Annual administration and progress report of the Indian Medical Department, Bombay
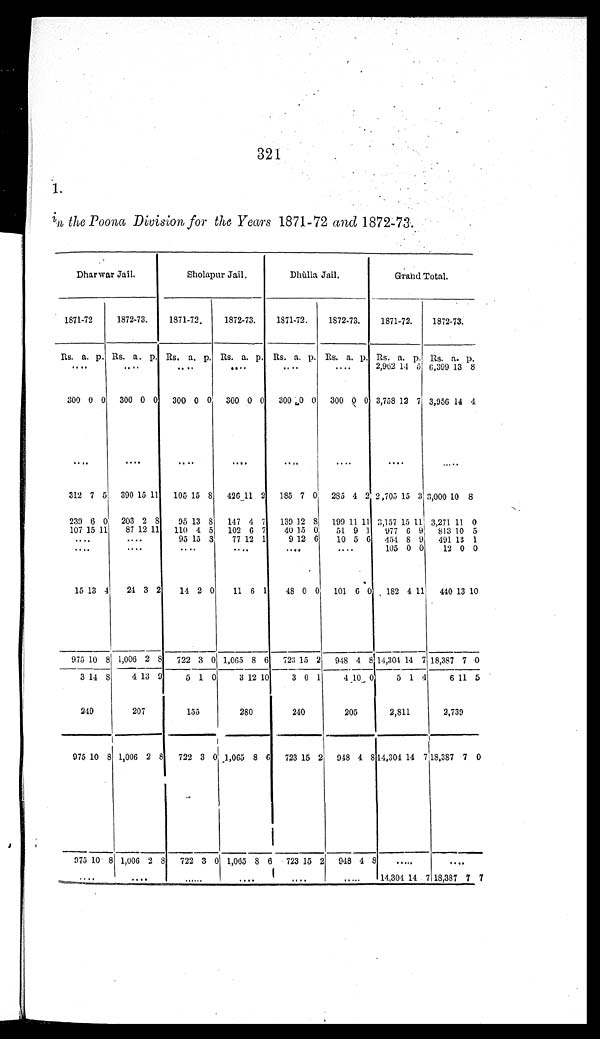
321
1.
in the Poona Division for the Years 1871-72 and 1872-73.
Dharwar Jail.
Sholapur Jail.
Dhùlia Jail.
Grand Total.
1871-72
1872-73.
1871-72.
1872-73.
1871-72.
1872-73.
1871-72.
1872-73.
Rs. a. p. Rs. a. p. Rs. a. p. Rs. a. p. Rs. a. p. Rs. a. p. Rs. a. p. Rs. a. p.
. . .
. . .
. . .
. . .
. . .
. . .
2,962 14 5 6,399 13 8
300 0 0 300 0 0
300 0 0
300 0 0
300 0 0
300 0 0 3,758 12 7 3,956 14 4
. . .
. . .
. . .
. . .
. . .
. . .
. . .
. . .
312 7 5
390 15 11
105 15 8
426 11 2
185 7 0 285 4 2 2,705 15 3 3,000 10 8
239 6 0 203 2 8
95 13 8
147 4 7
139 12
8
199 11 11 3,157 15 11 3,271 11 0
107 15 11
87 12 11
110 4 5
102 6 7
40 15 0
51 9 1
977 6 9
813 10 5
. . .
. . .
95 15 3
77 12 1
9 12 6
10 5 6 454 8 9
491 13 1
. . .
. . .
. . .
. . .
. . .
. . .
105 0 0
12 0 0
15 13 4
24 3 2
14 2 0
11 6 1
48 0 0
101 6 0 182 4 11
440 13 10
975 10 8 1,006 2 8
722 3 0 1,065 8 6
723 15 2
948 4 8 14,304 14 7 18,387 7 0
3 14 8 4
1 3 9
5 1 0
3 12 10
3 0 1
4 10 0
5 1 4
6 11 5
249
207
155
280
240
205
2,811
2 , 7 3 9
975 10 8 1,006 2 8
722 3 0 1,065 8 6
723 15 2 948 4 8 14,304 14
7
18,387 7 0
975 10 8 1,006 2 8
722 3 0 1,065 8 6 7 2 3
15 2 948 4 8
. . .
. . .
. . .
. . .
. . .
. . .
. . .
. . .
14,304 14 7 18,387 7 7